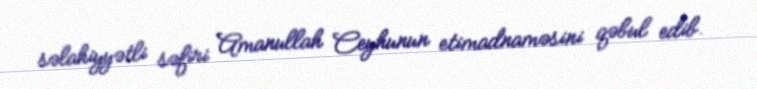
səlahiyyətli səfiri Amanullah Ceyhunun etimadnaməsini qəbul edib.